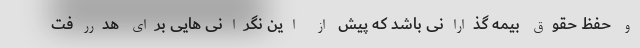
و حفظ حقوق بیمه گذارانی باشد که پیش از این نگرانی هایی برای هدررفت